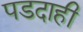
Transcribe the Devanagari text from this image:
पडदाही